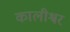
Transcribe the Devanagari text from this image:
कालीश्वर